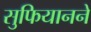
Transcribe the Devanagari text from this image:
सुफियानने